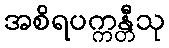
အစိရပက္ကန္တီသု